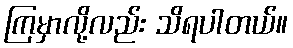
ကြမှာလို့လည်း သိရပါတယ်။